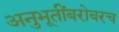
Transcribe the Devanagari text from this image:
अनुभूतींबरोबरच